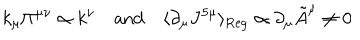
k _ { \mu } \Pi ^ { \mu \nu } \propto k ^ { \nu } \quad \mathrm { a n d } \quad \langle \partial _ { \mu } J ^ { 5 \mu } \rangle _ { \mathrm { R e g } } \propto \partial _ { \mu } { \tilde { A } } ^ { \mu } \neq 0